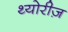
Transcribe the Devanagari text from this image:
थ्योरीज़